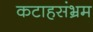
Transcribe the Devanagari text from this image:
कटाहसंभ्रम